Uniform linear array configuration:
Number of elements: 16
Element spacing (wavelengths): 0.75
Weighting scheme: kaiser
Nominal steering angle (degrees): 15
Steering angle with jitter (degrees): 13.745
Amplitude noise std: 0.05
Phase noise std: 0.05

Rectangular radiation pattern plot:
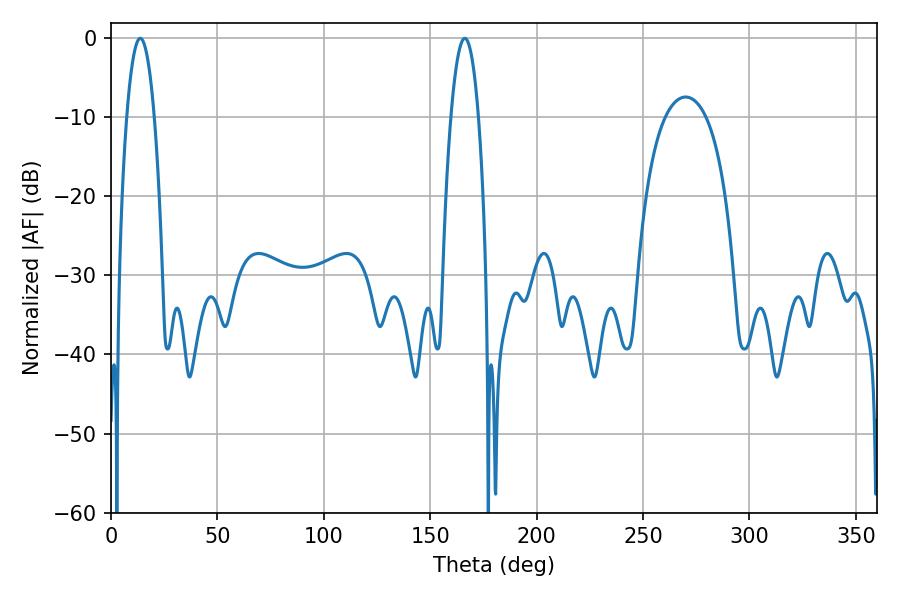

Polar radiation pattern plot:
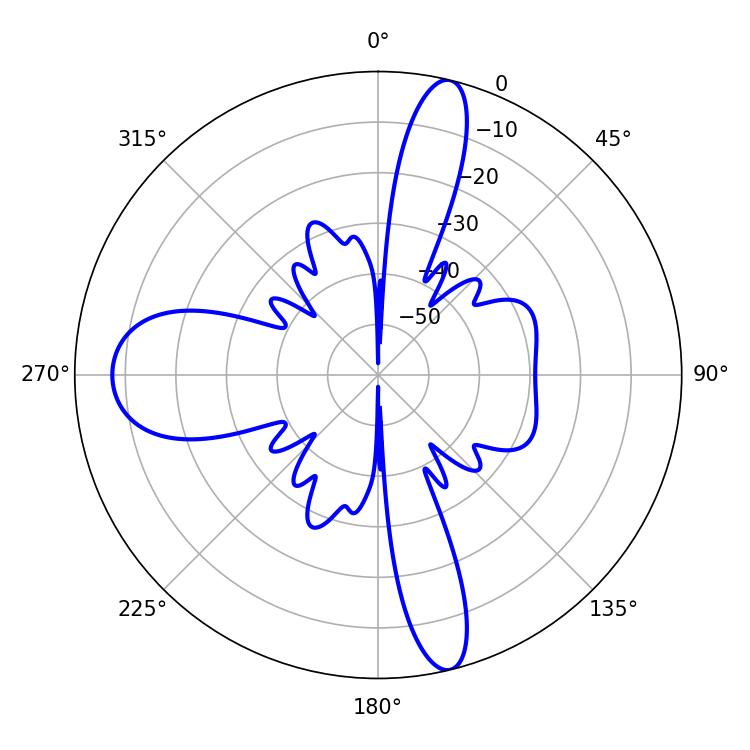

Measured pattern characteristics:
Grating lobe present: TRUE
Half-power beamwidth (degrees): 7.02
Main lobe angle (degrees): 13.68